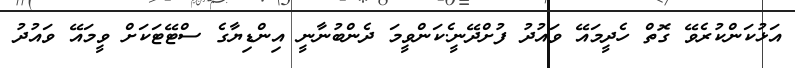
އަޅުކަންކުރެވޭ ގޮތް ހެދީމައޭ ވައުދު ފުށްދޭނީ.ެކަންވީމަ ދެންބުނާނީ އިންޑިޔާގެ ސްޓޭޓަކަށް ވީމައޭ ވައުދު